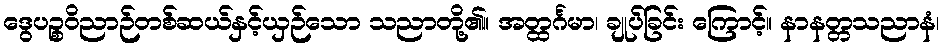
ဒွေပဉ္စဝိညာဉ်တစ်ဆယ်နှင့်ယှဉ်သော သညာတို့၏။ အတ္ထင်္ဂမာ၊ ချုပ်ခြင်း ကြောင့်။ နာနတ္တသညာနံ၊